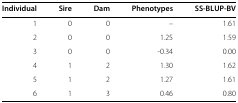
<table><thead><tr><td><b>Individual</b></td><td><b>Sire</b></td><td><b>Dam</b></td><td><b>Phenotypes</b></td><td><b>SS-BLUP-BV</b></td></tr></thead><tbody><tr><td>1</td><td>0</td><td>0</td><td>–</td><td>1.61</td></tr><tr><td>2</td><td>0</td><td>0</td><td>1.25</td><td>1.59</td></tr><tr><td>3</td><td>0</td><td>0</td><td>-0.34</td><td>0.00</td></tr><tr><td>4</td><td>1</td><td>2</td><td>1.30</td><td>1.62</td></tr><tr><td>5</td><td>1</td><td>2</td><td>1.27</td><td>1.61</td></tr><tr><td>6</td><td>1</td><td>3</td><td>0.46</td><td>0.80</td></tr></tbody></table>